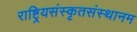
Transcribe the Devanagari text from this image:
राष्ट्रियसंस्कृतसंस्थानम